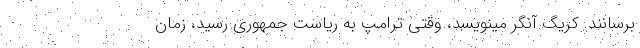
برسانند. کریگ آنگر مینویسد، وقتی ترامپ به ریاست جمهوری رسید، زمان